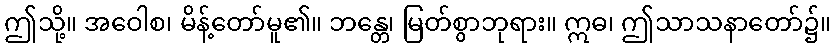
ဤသို့။ အဝေါစ၊ မိန့်တော်မူ၏။ ဘန္တေ၊ မြတ်စွာဘုရား။ ဣဓ၊ ဤသာသနာတော်၌။